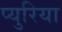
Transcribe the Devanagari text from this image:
प्युरिया